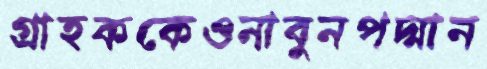
গ্রাহককেওনাবুনপদ্মান